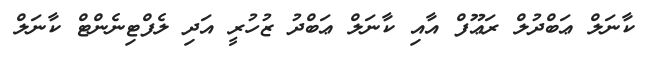
ކާނަލް ޢަބްދުލް ރަޢޫފް އާއި ކާނަލް ޢަބްދު ޒުހުރީ އަދި ލެފްޓިނެންޓް ކާނަލް